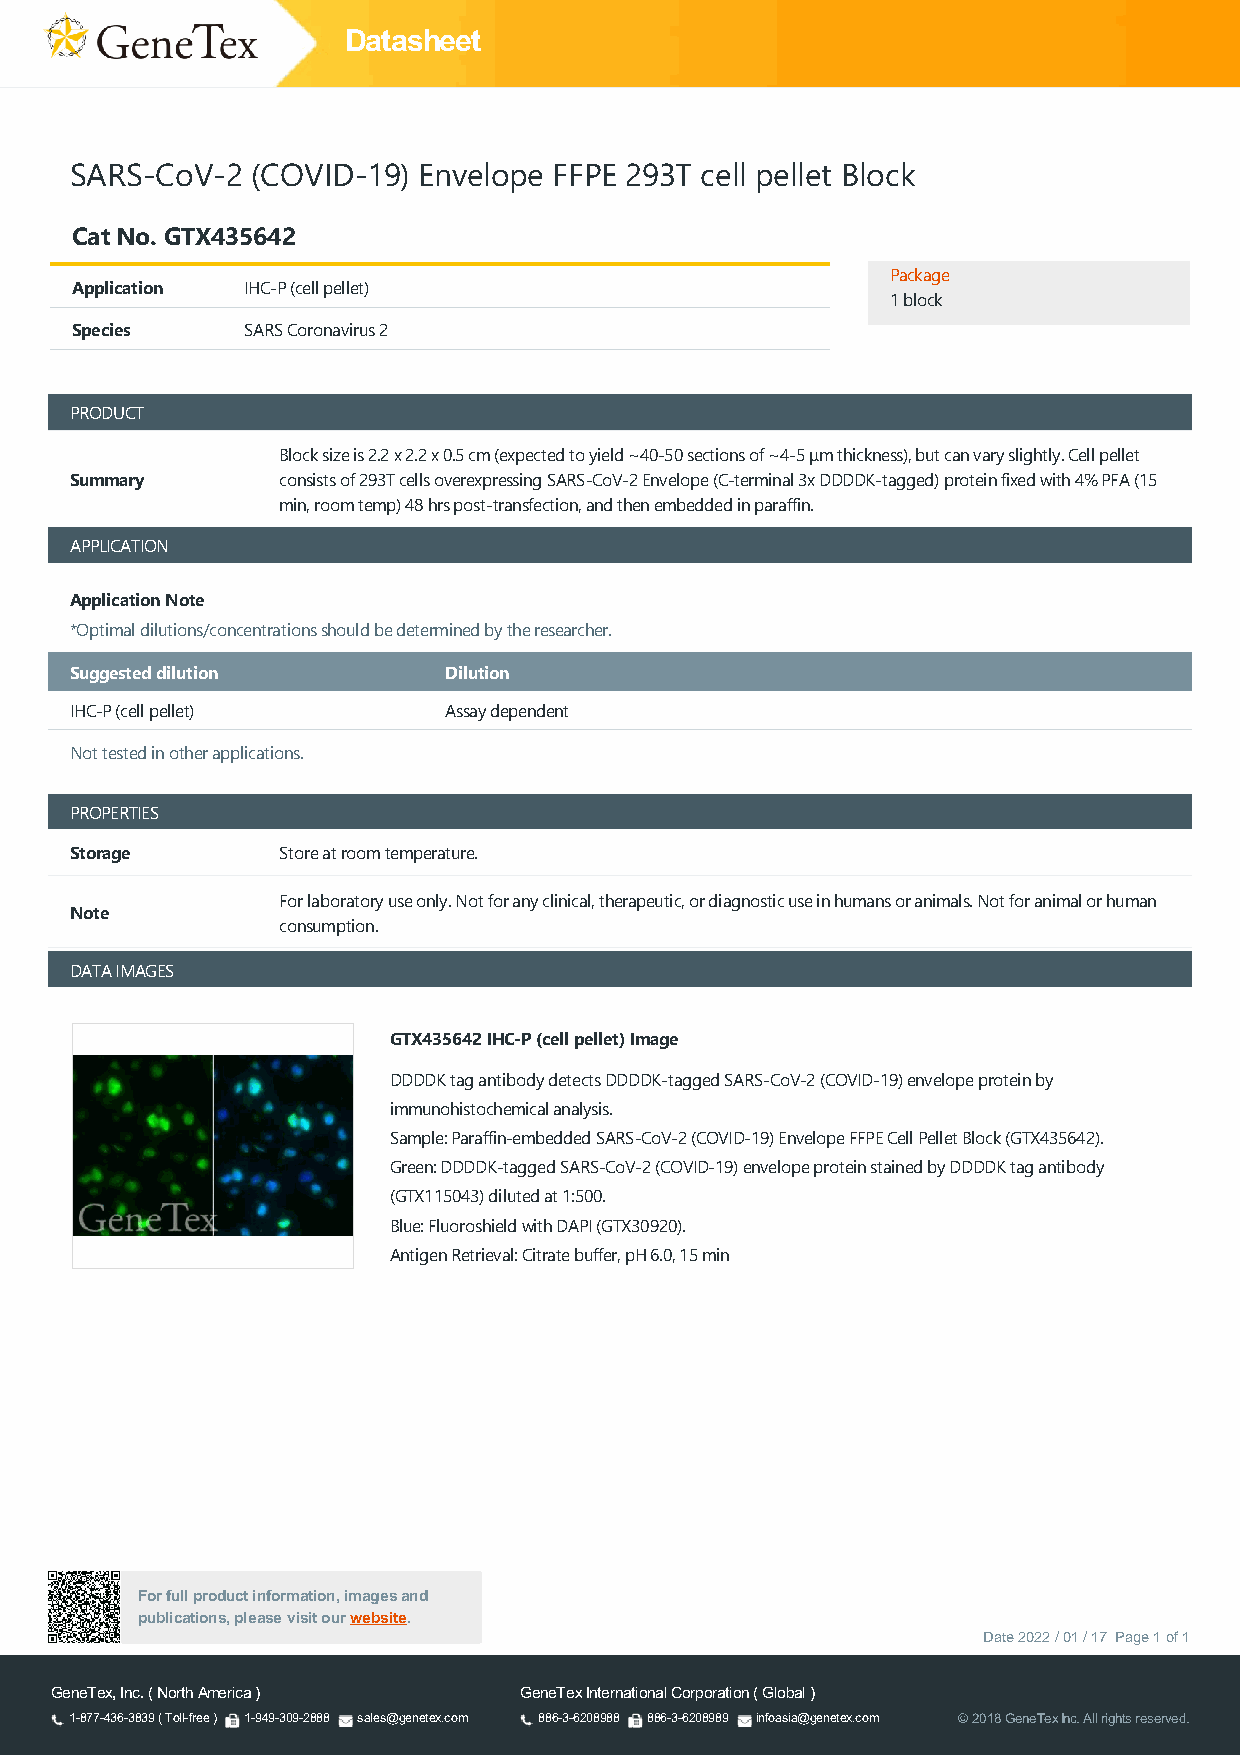
Datasheet
 SARS-CoV-2  (COVID-19) Envelope FFPE 293T cell pellet Block
 Cat No. GTX435642
 Package
 Application IHC-P (cell pellet)
 1 block
 Species    SARS Coronavirus 2
 PRODUCT
 Block size is 2.2 x 2.2 x 0.5 cm (expected to yield ~40-50 sections of ~4-5 μm thickness), but can vary slightly. Cell pellet
 Summary      consists of 293T cells overexpressing SARS-CoV-2 Envelope (C-terminal 3x DDDDK-tagged) protein fixed with 4% PFA (15
 min, room temp) 48 hrs post-transfection, and then embedded in paraffin.
 APPLICATION
 Application Note
 *Optimal dilutions/concentrations should be determined by the researcher.
 Suggested dilution      Dilution
 IHC-P (cell pellet)     Assay dependent
 Not tested in other applications.
 PROPERTIES
 Storage      Store at room temperature.
 For laboratory use only. Not for any clinical, therapeutic, or diagnostic use in humans or animals. Not for animal or human
 Note
 consumption.
 DATA IMAGES
 GTX435642 IHC-P (cell pellet) Image
 DDDDK tag antibody detects DDDDK-tagged SARS-CoV-2 (COVID-19) envelope protein by
 immunohistochemical analysis.
 Sample: Paraffin-embedded SARS-CoV-2 (COVID-19) Envelope FFPE Cell Pellet Block (GTX435642).
 Green: DDDDK-tagged SARS-CoV-2 (COVID-19) envelope protein stained by DDDDK tag antibody
 (GTX115043) diluted at 1:500.
 Blue: Fluoroshield with DAPI (GTX30920).
 Antigen Retrieval: Citrate buffer, pH 6.0, 15 min
 For full product information, images and
 publications, please visit our website.
 Date 2022 / 01 / 17 Page 1 of 1
 GeneTex, Inc. ( North America ) GeneTex International Corporation ( Global )
 1-877-436-3839 ( Toll-free ) 1-949-309-2888 sales@genetex.com 886-3-6208988 886-3-6208989 infoasia@genetex.com © 2018 GeneTex Inc. All rights reserved.